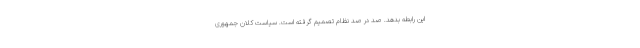
این رابطه بدهد. صد در صد نظام تصمیم گرفته است. سیاست کلان جمهوری